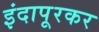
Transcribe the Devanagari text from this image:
इंदापूरकर